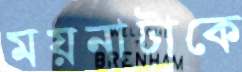
ময়নাটাকে